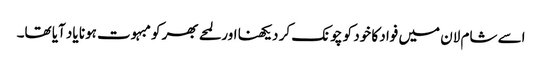
اسے شام لان میں فواد کا خود کو چونک کر دیکھنا اور لمحے بھر کو مبہوت ہونا یاد آیا تھا۔